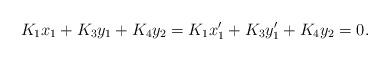
LaTeX: \begin{align*}K_1x_1+K_3y_1+K_4y_2=K_1x'_1+K_3y'_1+K_4y_2=0.\end{align*}